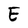
Character: E